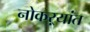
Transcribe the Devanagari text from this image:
नोकऱ्यांत